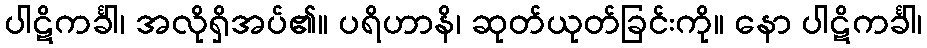
ပါဋိကင်္ခါ၊ အလိုရှိအပ်၏။ ပရိဟာနိ၊ ဆုတ်ယုတ်ခြင်းကို။ နော ပါဋိကင်္ခါ၊